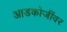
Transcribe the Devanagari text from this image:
आडकोजींवर